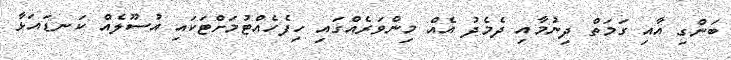
ބަންގި އާއި ގަމަތް ދިނުމާއި ދެމެދު އެއް މިންވަރެއްގައި ހިފެހެއްޓުމަށްޓަކައި އުސޫލެއް ކަނޑައަޅާ